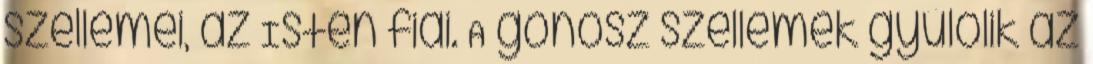
szellemei, az Isten fiai. A gonosz szellemek gyűlölik az